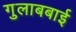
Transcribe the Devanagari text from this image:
गुलाबबाई